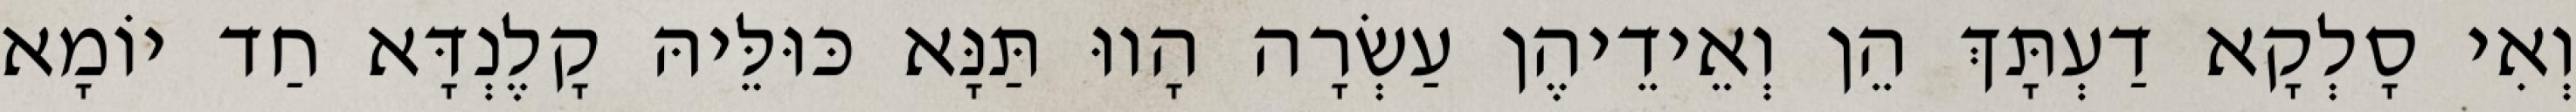
וְאִי סָלְקָא דַעְתָּךְ הֵן וְאֵידֵיהֶן עַשְׂרָה הָווּ תַּנָּא כּוּלֵּיהּ קָלֶנְדָּא חַד יוֹמָא